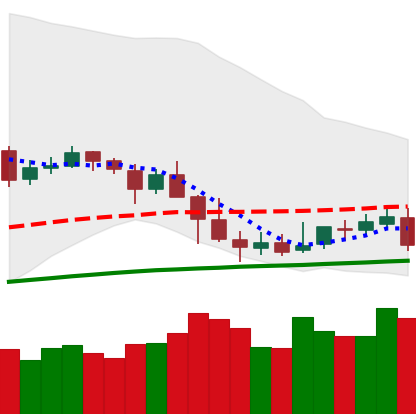
Ticker: NEO-USD
Chart end date: 2019-05-04
Forward return: -8.64%
Label: down_7plus